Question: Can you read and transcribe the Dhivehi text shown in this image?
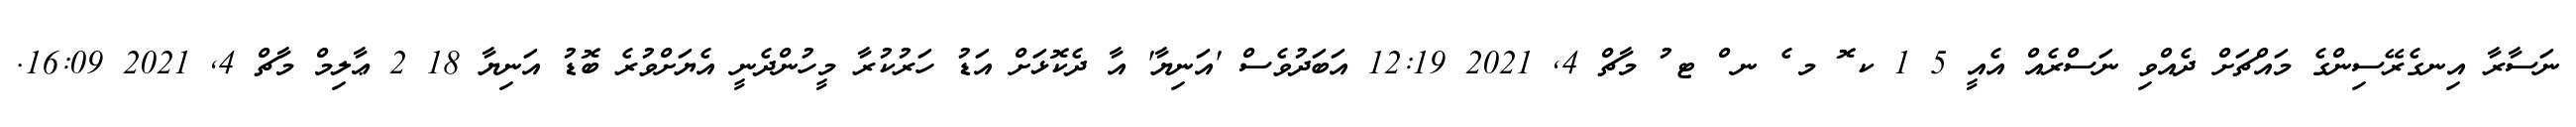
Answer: ނަސާރާ އިނގެރޭސިންގެ މައްޗަށް ދެއްވި ނަސްރެއް އެއީ 5 1 ކ ޮ މ ެ ނ ް ޓ ު މާޗް 4, 2021 12:19 އަބަދުވެސް 'އަނިޔާ' އާ ދެކޮޅަށް އަޑު ހަރުކުރާ މީހުންދެނީ އެޔަށްވުރެ ބޮޑު އަނިޔާ 18 2 ޢާލިމް މާޗް 4, 2021 16:09.